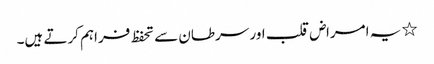
٭ یہ امراض قلب اور سرطان سے تحفظ فراہم کرتے ہیں۔